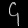
Digit: ၄